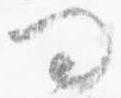
問